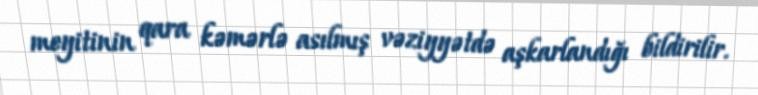
meyitinin qara kəmərlə asılmış vəziyyətdə aşkarlandığı bildirilir.